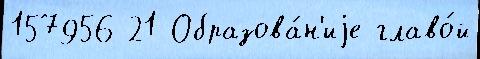
157956 21 Образова́н'иjе главо́й